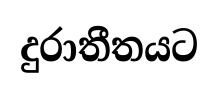
දුරාතීතයට